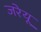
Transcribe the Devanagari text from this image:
जरेयू